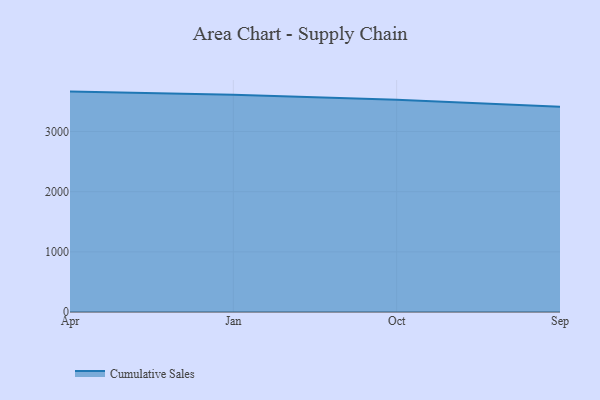
{"axis": {"x": "Month", "y": "Market Share (%)"}, "legend": ["Cumulative Sales"], "data": [{"x": "Apr", "y": 3663.9, "type": "Cumulative Sales"}, {"x": "Jan", "y": 3610.5, "type": "Cumulative Sales"}, {"x": "Oct", "y": 3528.3, "type": "Cumulative Sales"}, {"x": "Sep", "y": 3410.8, "type": "Cumulative Sales"}]}